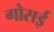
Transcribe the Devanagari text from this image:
गोसई